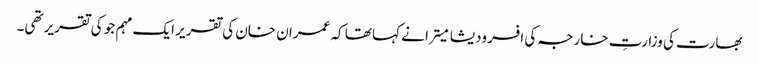
بھارت کی وزارتِ خارجہ کی افسر ودیشا میترا نے کہا تھا کہ عمران خان کی تقریر ایک مہم جو کی تقریر تھی۔